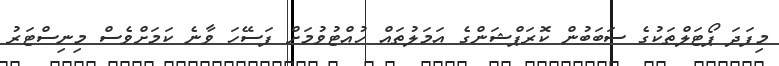
މިފަދަ ޕޯޓަލްތަކުގެ ސަބަބުން ކޮރަޕްޝަންގެ އަމަލުތައް ހުއްޓުވުމަށް ފަސޭހަ ވާނެ ކަމަށްވެސް މިިނިސްޓަރު